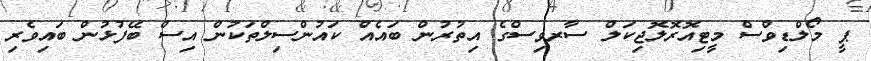
ޕީ މޯލްޑިވްސް މީޓިއޮރޮލޮޖިކަލް ސާރވިސްގެ އިތުރުން ބައެއް ކައުންސިލްތަކުން އިސް ބޭފުޅުން ބައިވެރި